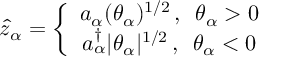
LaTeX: \hat { z } _ { \alpha } = \left\{ \begin{array} { c } { { a _ { \alpha } ( \theta _ { \alpha } ) ^ { 1 / 2 } \, , \enspace \theta _ { \alpha } > 0 } } \\ { { a _ { \alpha } ^ { \dagger } | \theta _ { \alpha } | ^ { 1 / 2 } \, , \enspace \theta _ { \alpha } < 0 } } \end{array} \right.